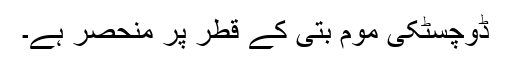
ڈوچسٹکی موم بتی کے قطر پر منحصر ہے۔